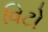
વિટો